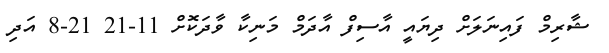
ޝާރިމް ފައިނަލަށް ދިޔައީ އާސިފް އާދަމް މަނިކާ ވާދަކޮށް 11-21 21-8 އަދި